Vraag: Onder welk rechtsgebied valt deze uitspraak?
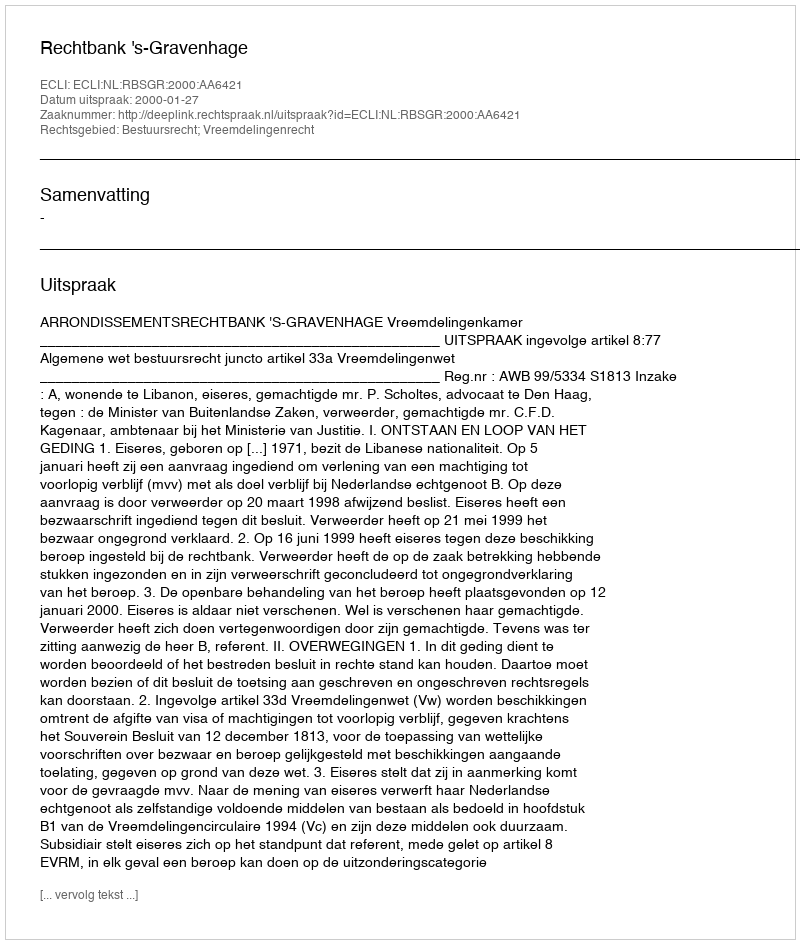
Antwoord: Bestuursrecht; Vreemdelingenrecht